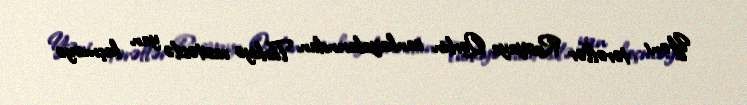
Yəni tərəflər Rusiyaya Qərbin sanksiyalarından Türkiyə vasitəsilə yan keçməyə